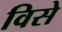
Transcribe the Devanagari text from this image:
विसे